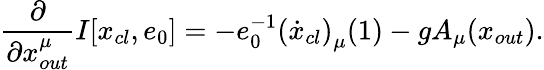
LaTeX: \frac{\partial}{\partial{x}_{out}^{\mu}}I[x_{cl},e_{0}]=-e_{0}^{-1}\left(\dot{x}_{cl}\right)_{\mu}(1)-gA_{\mu}(x_{out}).